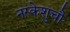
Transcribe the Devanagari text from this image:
नरकेशुचौ